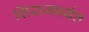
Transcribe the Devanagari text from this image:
शिराजपर्यंत